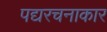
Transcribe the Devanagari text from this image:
पद्यरचनाकार